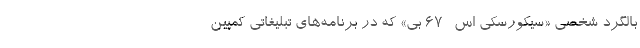
بالگرد شخصی «سیکورسکی اس- ۶۷ بی» که در برنامه‌های تبلیغاتی کمپین